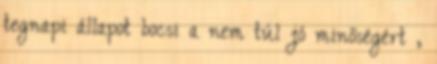
tegnapi állapot bocsi a nem túl jó minőségért ,